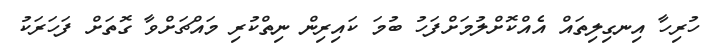
ހުރިހާ އިނގިލިތައް އެއްކޮށްލުމަށްފަހު ބުމަ ކައިރިން ނިތްކުރި މައްޗަށްވާ ގޮތަށް ފަހަރަކު